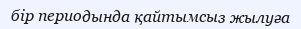
бір периодында қайтымсыз жылуға